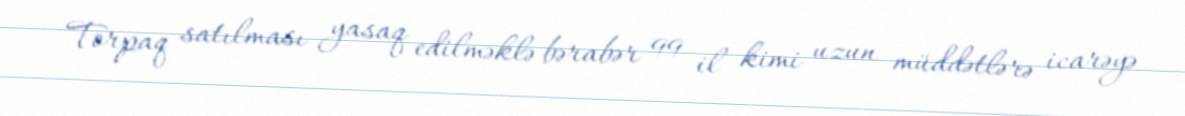
Torpaq satılması yasaq edilməklə bərabər 99 il kimi uzun müddətlərə icarəyə